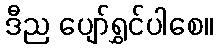
ဒီည ပျော်ရွှင်ပါစေ။